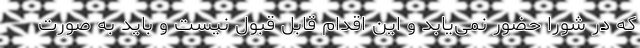
که در شورا حضور نمی‌یابد و این اقدام قابل قبول نیست و باید به صورت